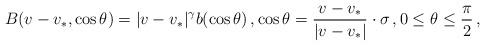
LaTeX: \begin{align*}B(v-v_*, \cos \theta)= |v-v_*|^\gamma b(\cos \theta)\,, \cos \theta= \frac{v-v_*}{|v-v_*|}\cdot \sigma\,, 0\leq \theta \leq \frac{\pi}{2}\,,\end{align*}